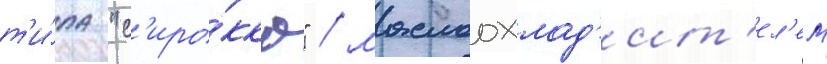
т'и́па "с'иро́кко" / маслоохлад'ит'ел'ем